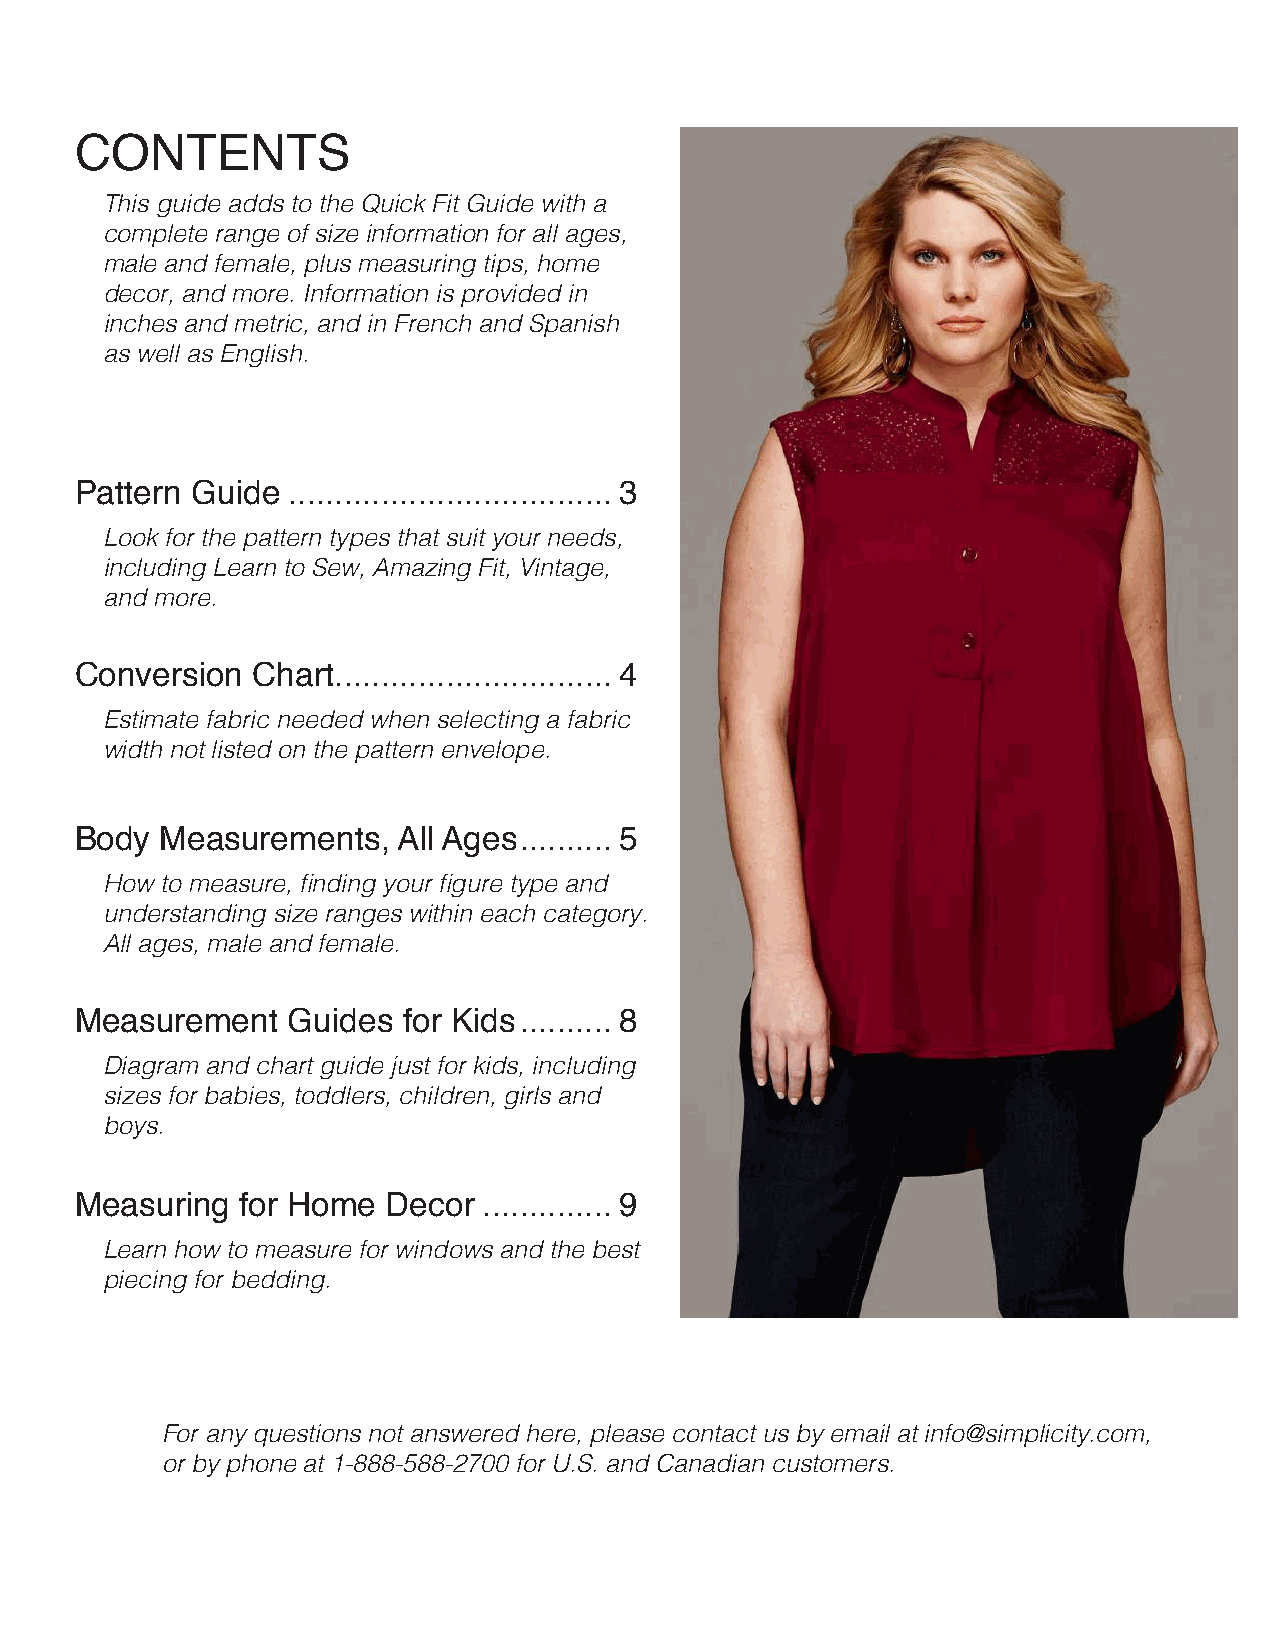
CONTENTS
 This guide adds to the Quick Fit Guide with a
 complete range of size information for all ages,
 male and female, plus measuring tips, home
 decor, and more. Information is provided in
 inches and metric, and in French and Spanish
 as well as English.
 Pattern Guide ................................... 3
 Look for the pattern types that suit your needs,
 including Learn to Sew, Amazing Fit, Vintage,
 and more.
 Conversion  Chart.............................. 4
 Estimate fabric needed when selecting a fabric
 width not listed on the pattern envelope.
 Body  Measurements,  All Ages .......... 5
 How to measure, finding your figure type and
 understanding size ranges within each category.
 All ages, male and female.
 Measurement   Guides  for Kids .......... 8
 Diagram and chart guide just for kids, including
 sizes for babies, toddlers, children, girls and
 boys.
 Measuring  for Home  Decor .............. 9
 Learn how to measure for windows and the best
 piecing for bedding.
 For any questions not answered here, please contact us by email at info@simplicity.com,
 or by phone at 1-888-588-2700 for U.S. and Canadian customers.